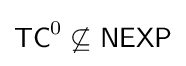
{\mathsf {TC}}^{0}\not \subseteq {\mathsf {NEXP}}